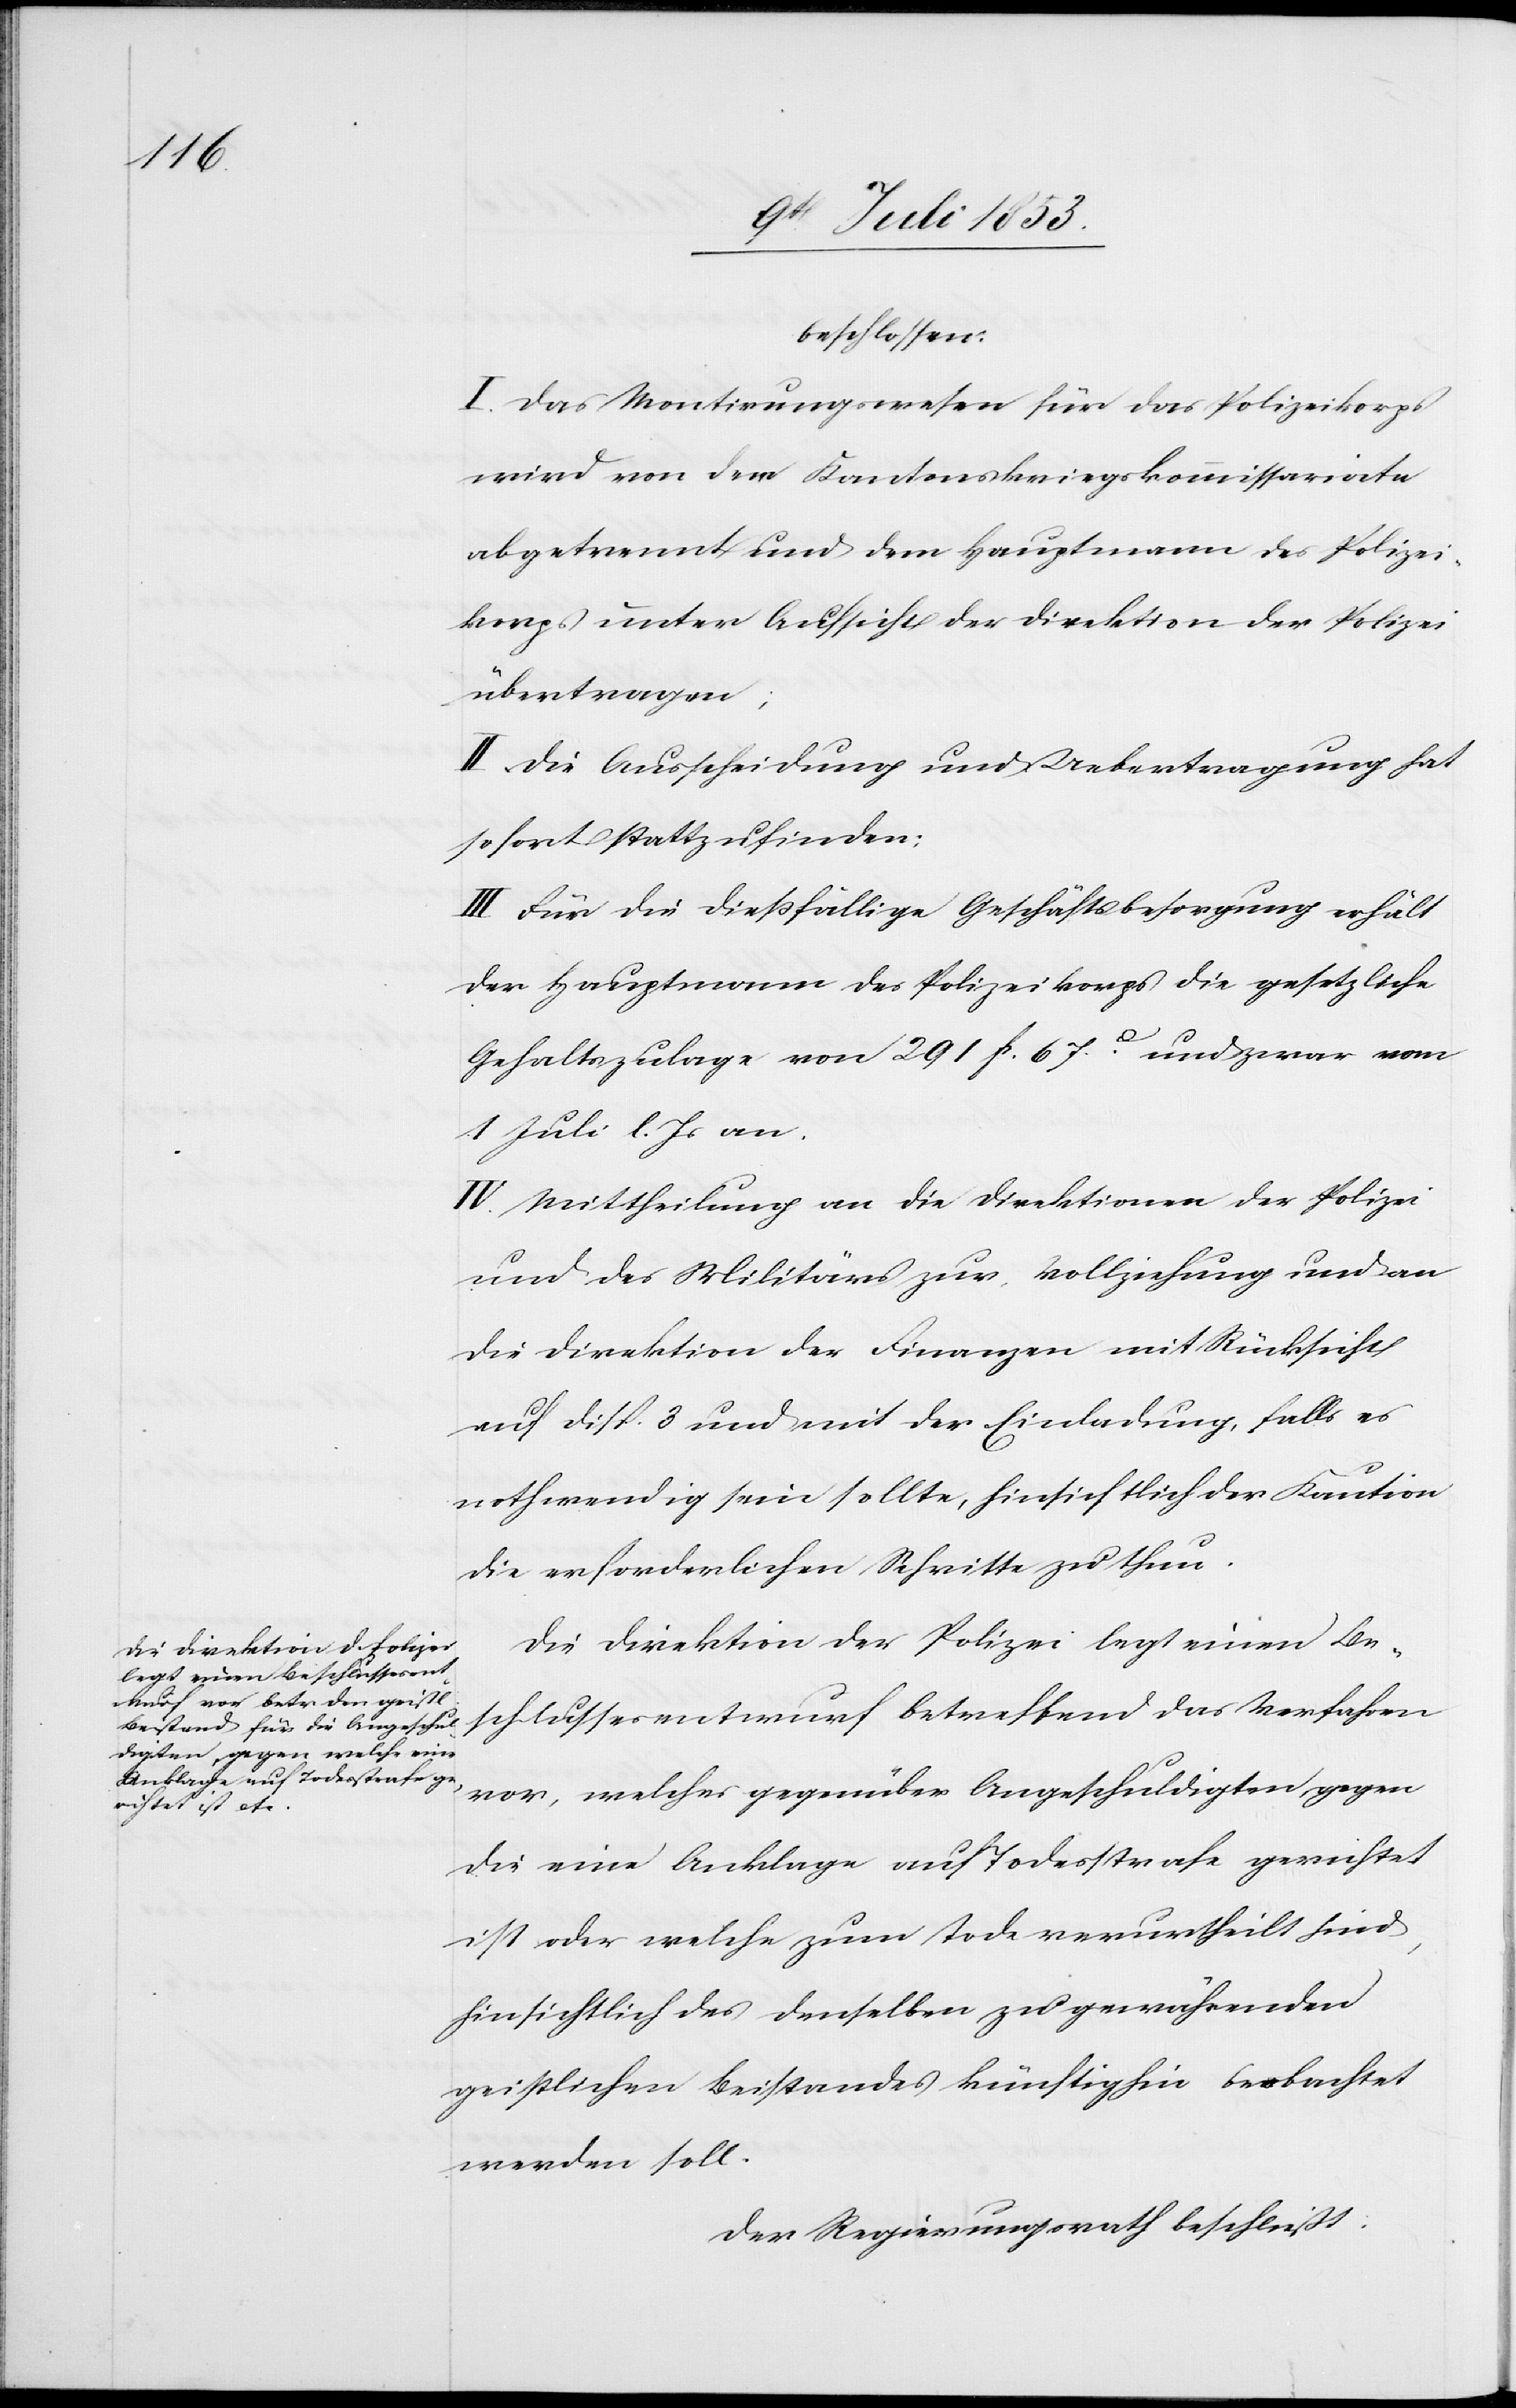
beschlossen:
I. Das Montirungswesen für das Polizeikorps
wird von dem Kantonskriegskommissariate
abgetrennt und dem Hauptmann des Polizei¬
korps unter Aufsicht der Direktion der Polizei
übertragen;
II. Die Ausscheidung und Uebertragung hat
sofort stattgefunden.
III. Für die dießfällige Geschäftsbesorgung erhält
der Hauptmann des Polizeikorps die gesetzliche
Gehaltszulage von 291 fr. 67c und zwar vom
1 Juli l. Js. an.
IV. Mittheilung an die Direktionen der Polizei
und des Militärs zur, Vollziehung und an
die Direktionen der Finanzen mit Rücksicht
auf Disp. 3 und mit der Einladung, falls es
nothwendig sein sollte, hinsichtlich der Kaution
die erforderlichen Schritte zu thun.
Die Direktion der Polizei legt einen Be¬
schlussesentwurf betreffend Verfahren
vor, welcher gegenüber Angeschuldigten gegen
die eine Anklage auf Todesstrafe gerichtet
ist oder welche zum Tode verurtheilt sind,
hinsichtlich des denselben zu gewährenden
geistlichen Beistandes künftighin beobachtet
werden soll.
Der Regierungsrath beschließt: